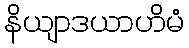
နိယျာဒယာဟိမံ